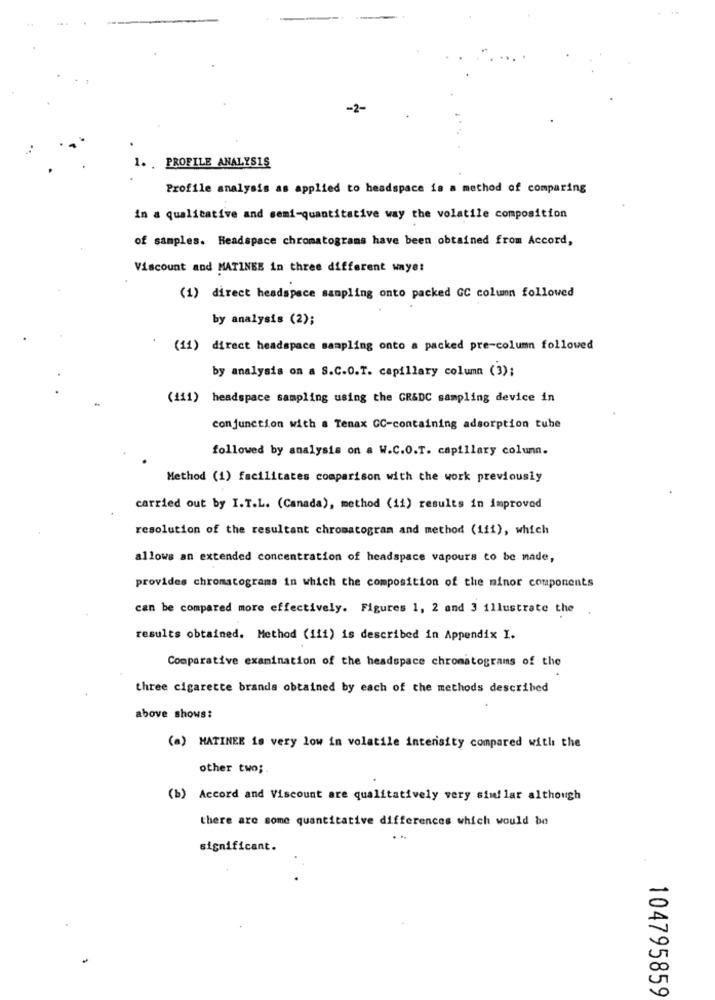
-2-
PROFILE ANALYSIS
1 ..
Profile analysis as applied to headspace is a method of comparing
in a qualitative and semi-quantitative way the volatile composition
of samples. Headspace chromatograms have been obtained from Accord,
Viscount and MATINEE in three different waye:
(1) direct headspace sampling onto packed GC column followed
by analysis (2);
(11) direct headspace sampling onto a packed pre-column followed
by analysis on a S.C.O.T. capillary column (3);
(111) headspace sampling using the GR&DC sampling device in
conjunction with a Tenax GC-containing adsorption tube
followed by analysis on a W.C.O.T. capillary column.
Method (1) facilitates comparison with the work previously
carried out by I.T.L. (Canada), method (11) results in improved
resolution of the resultant chromatogram and method (iii), which
allows an extended concentration of headspace vapours to be made,
provides chromatograms in which the composition of the minor components
can be compared more effectively. Figures 1, 2 and 3 illustrate the
results obtained. Method (111) is described in Appendix I.
Comparative examination of the headspace chromatograms of the
three cigarette brands obtained by each of the methods described
above shows:
(a) MATINEE is very low in volatile intensity compared with the
other two ;.
(b) Accord and Viscount are qualitatively very similar although
there are some quantitative differences which would be
. ..
significant.
104795859